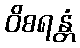
ဝိစရန္တံ